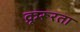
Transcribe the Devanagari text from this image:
क्रूरूरता